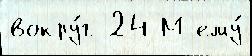
вокру́г 24 М ему́